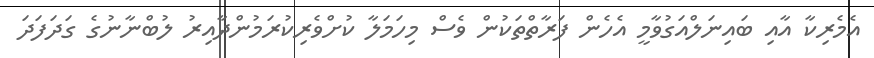
އެމެރިކާ އާއި ބައިނަލްއަގުވާމީ އެހެން ފަރާތްތަކުން ވެސް މިހަމަލާ ކުށްވެރިކުރަމުންދާއިރު ލުބްނާނުގެ ގަދަފަދަ